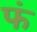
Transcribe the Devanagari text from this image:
फं